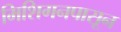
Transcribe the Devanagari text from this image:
मिशिगनपासून